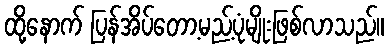
ထို့နောက် ပြန်အိပ်တော့မည့်ပုံမျိုးဖြစ်လာသည်။